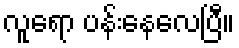
လူရော ပန်းနေလေပြီ။